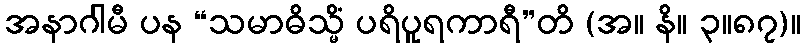
အနာဂါမီ ပန “သမာဓိသ္မိံ ပရိပူရကာရီ”တိ (အ။ နိ။ ၃။၈၇)။